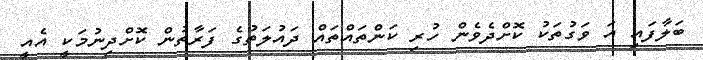
ބަލާފައި އަ ވަގުތަކު ކޮށްދެވެން ހުރި ކަންތައްތައް ދައުލަތުގެ ފަރާތުން ކޮށްދިނުމަކީ އެއީ